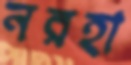
নরহা